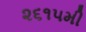
૨૬૧૫મી